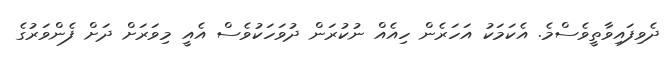
ދެވިފައިވާތީވެސްމެ. އެކަމަކު އަހަރެން ހިއެއް ނުކުރަން ދުވަހަކުވެސް އެއީ މިވަރަށް ދަށް ފެންވަރުގެ